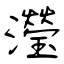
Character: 瀅